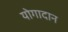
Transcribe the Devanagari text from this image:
योगादान